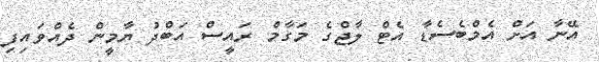
އޭނާ އަށް އެމްބެސެޑާ އެޓް ލާޖްގެ މަގާމް ރައީސް އަބްދު ޔާމީން ދެއްވައިފި